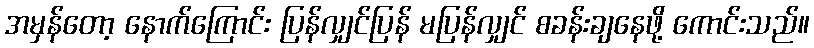
အမှန်တော့ နောက်ကြောင်း ပြန်လျှင်ပြန် မပြန်လျှင် စခန်းချနေဖို့ ကောင်းသည်။